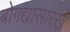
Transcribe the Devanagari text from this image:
बोगद्यासारखे